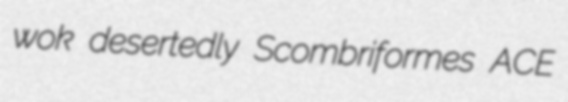
wok desertedly Scombriformes ACE